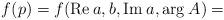
LaTeX: \begin{align*}f(p)=f({\rm Re}\:a, b,{\rm Im}\:a,{\rm arg}\:A)=\end{align*}